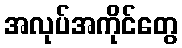
အလုပ်အကိုင်တွေ